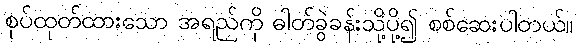
စုပ်ထုတ်ထားသော အရည်ကို ဓါတ်ခွဲခန်းသို့ပို့၍ စစ်ဆေးပါတယ်။